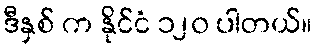
ဒီနှစ် က နိုင်ငံ ၁၂၀ ပါတယ်။